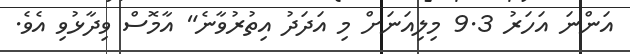
އަންނަ އަހަރު 9.3 މިލިއަނަށް މި އަދަދު އިތުރުވާނެ" އާމޮސް ވިދާޅުވި އެވެ.